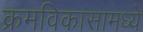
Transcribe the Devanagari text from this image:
क्रमविकासामध्ये